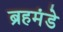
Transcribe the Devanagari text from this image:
ब्रहमंडे